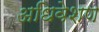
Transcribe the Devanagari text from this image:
अधिवेशण